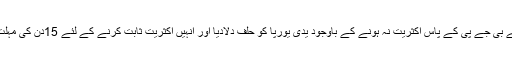
لیکن گورنر نے بی جے پی کے پاس اکثریت نہ ہونے کے باوجود یدی یورپا کو حلف دلادیا اور انہیں اکثریت ثابت کرنے کے لئے 15دن کی مہلت بھی دے دی۔